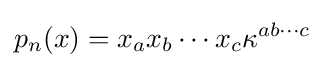
p_{n}(x)=x_{a}x_{b}\cdots x_{c}\kappa ^{ab\cdots c}